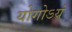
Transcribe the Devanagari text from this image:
योगोऽयं